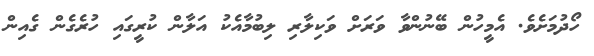
ހޯދުމަށެވެ. އެމީހުން ބޭނުންވާ ވަރަށް ވަކިލާރި ލިބުމާއެކު އަލާން ކުރީގައި ހުރެގެން ގެއިން